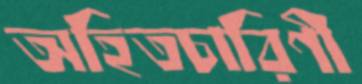
অহিতচারিণী